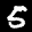
Label: 5